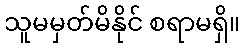
သူမမှတ်မိနိုင် စရာမရှိ။